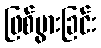
ဖြစ်ပွားခြင်း